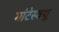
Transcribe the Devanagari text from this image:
मांटेस्क्यू